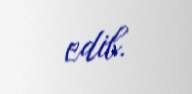
edib.